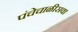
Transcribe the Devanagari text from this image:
पंचेचाळीसवा